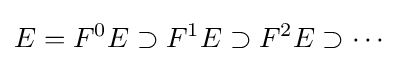
E=F^{0}E\supset F^{1}E\supset F^{2}E\supset \cdots